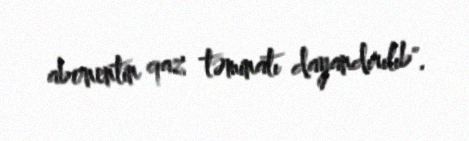
abonentin qaz təminatı dayandırılıb".